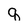
Character: q